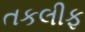
તકલીફ